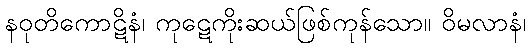
နဝုတိကောဋိနံ၊ ကုဋေကိုးဆယ်ဖြစ်ကုန်သော။ ဝိမလာနံ၊